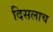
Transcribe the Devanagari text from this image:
दिसलाच